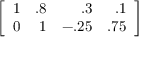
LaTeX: \left[ { \begin{array} { r r r r } { 1 } & { . 8 } & { . 3 } & { . 1 } \\ { 0 } & { 1 } & { - . 2 5 } & { . 7 5 } \end{array} } \right]